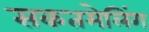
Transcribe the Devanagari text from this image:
सकतमेलिंग